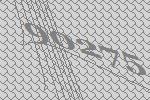
90275